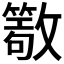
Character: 𣀖